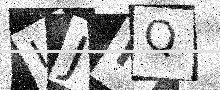
Text: IJFQ